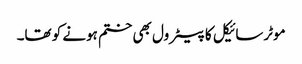
موٹرسائیکل کا پیٹرول بھی ختم ہونے کو تھا۔